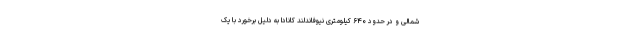
شمالی و در حدود ۶۴۰ کیلومتری نیوفاندلند کانادا به دلیل برخورد با یک